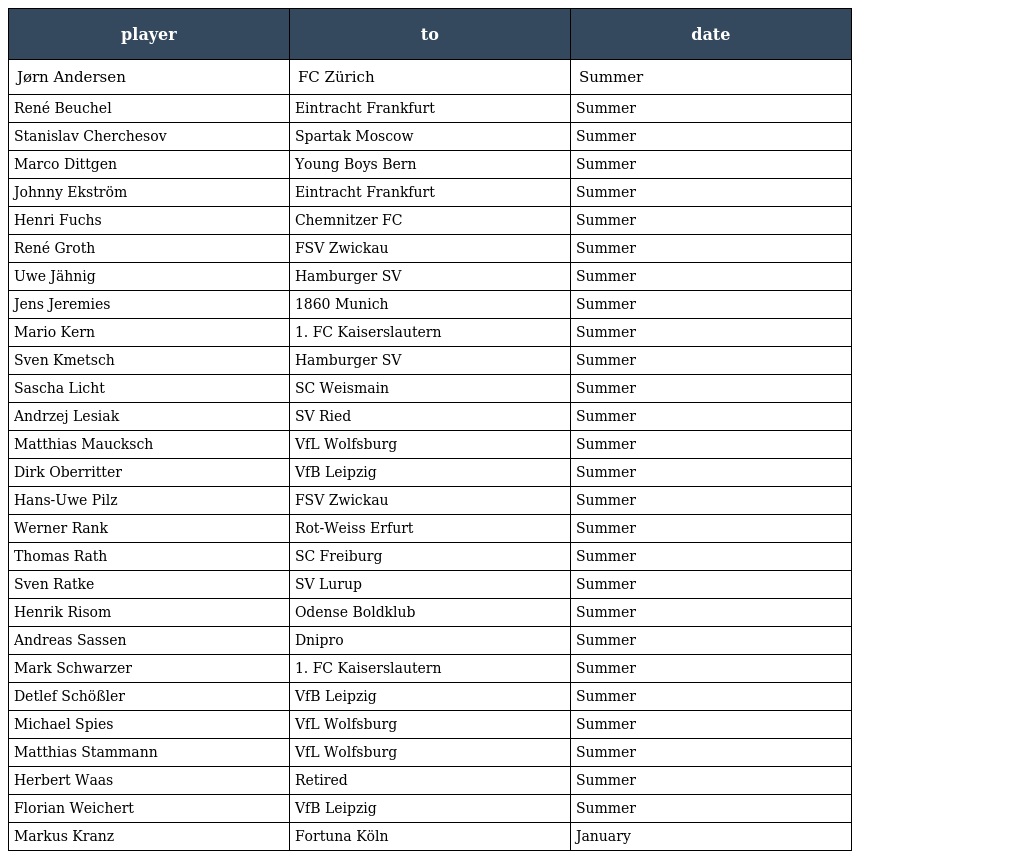
| player | to | date |
 | --- | --- | --- |
 | Jørn Andersen | FC Zürich | Summer |
 | René Beuchel | Eintracht Frankfurt | Summer |
 | Stanislav Cherchesov | Spartak Moscow | Summer |
 | Marco Dittgen | Young Boys Bern | Summer |
 | Johnny Ekström | Eintracht Frankfurt | Summer |
 | Henri Fuchs | Chemnitzer FC | Summer |
 | René Groth | FSV Zwickau | Summer |
 | Uwe Jähnig | Hamburger SV | Summer |
 | Jens Jeremies | 1860 Munich | Summer |
 | Mario Kern | 1. FC Kaiserslautern | Summer |
 | Sven Kmetsch | Hamburger SV | Summer |
 | Sascha Licht | SC Weismain | Summer |
 | Andrzej Lesiak | SV Ried | Summer |
 | Matthias Maucksch | VfL Wolfsburg | Summer |
 | Dirk Oberritter | VfB Leipzig | Summer |
 | Hans-Uwe Pilz | FSV Zwickau | Summer |
 | Werner Rank | Rot-Weiss Erfurt | Summer |
 | Thomas Rath | SC Freiburg | Summer |
 | Sven Ratke | SV Lurup | Summer |
 | Henrik Risom | Odense Boldklub | Summer |
 | Andreas Sassen | Dnipro | Summer |
 | Mark Schwarzer | 1. FC Kaiserslautern | Summer |
 | Detlef Schößler | VfB Leipzig | Summer |
 | Michael Spies | VfL Wolfsburg | Summer |
 | Matthias Stammann | VfL Wolfsburg | Summer |
 | Herbert Waas | Retired | Summer |
 | Florian Weichert | VfB Leipzig | Summer |
 | Markus Kranz | Fortuna Köln | January |